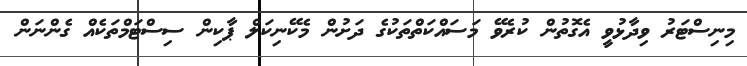
މިނިސްޓަރު ވިދާޅުވީ އެގޮތުން ކުރެވޭ މަސައްކަތްތަކުގެ ދަށުން މެކޭނިކަލް ޕާކިން ސިސްޓަމްތަކެއް ގެންނަން